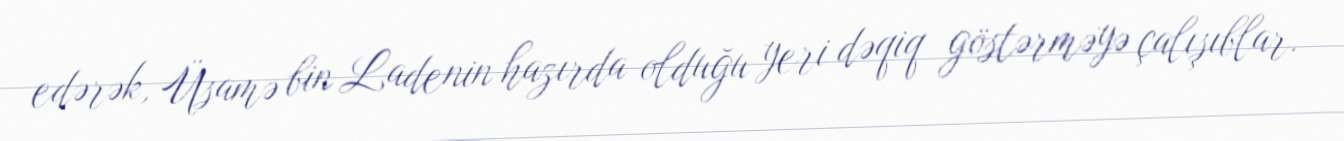
edərək, Üsamə bin Ladenin hazırda olduğu yeri dəqiq göstərməyə çalışıblar.